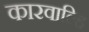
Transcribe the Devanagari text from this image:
कारवाल्हि